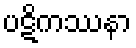
ပဋိကဿနာ